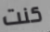
كنت